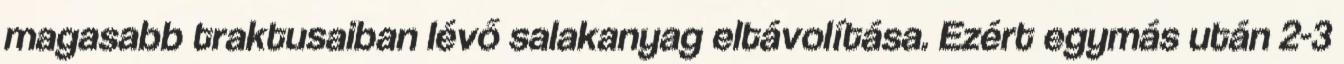
magasabb traktusaiban lévő salakanyag eltávolítása. Ezért egymás után 2-3